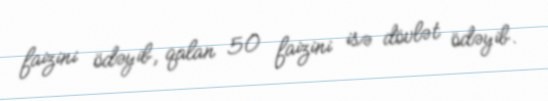
faizini ödəyib, qalan 50 faizini isə dövlət ödəyib.